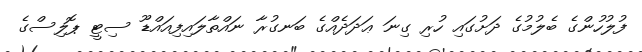
ފުލުހުންގެ ބެލުމުގެ ދަށުގައި ހުރި ގިނަ ޢަދަދެއްގެ ބަނގުރާ ނައްތާލައިފިއައްޑޫ ސިޓީ ޕޮލިސްގެ